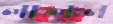
লালন